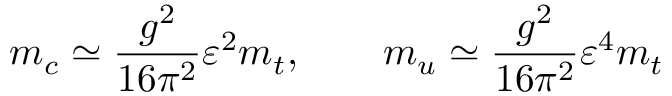
m _ { c } \simeq { \frac { g ^ { 2 } } { 1 6 \pi ^ { 2 } } } \varepsilon ^ { 2 } m _ { t } , \qquad m _ { u } \simeq { \frac { g ^ { 2 } } { 1 6 \pi ^ { 2 } } } \varepsilon ^ { 4 } m _ { t }